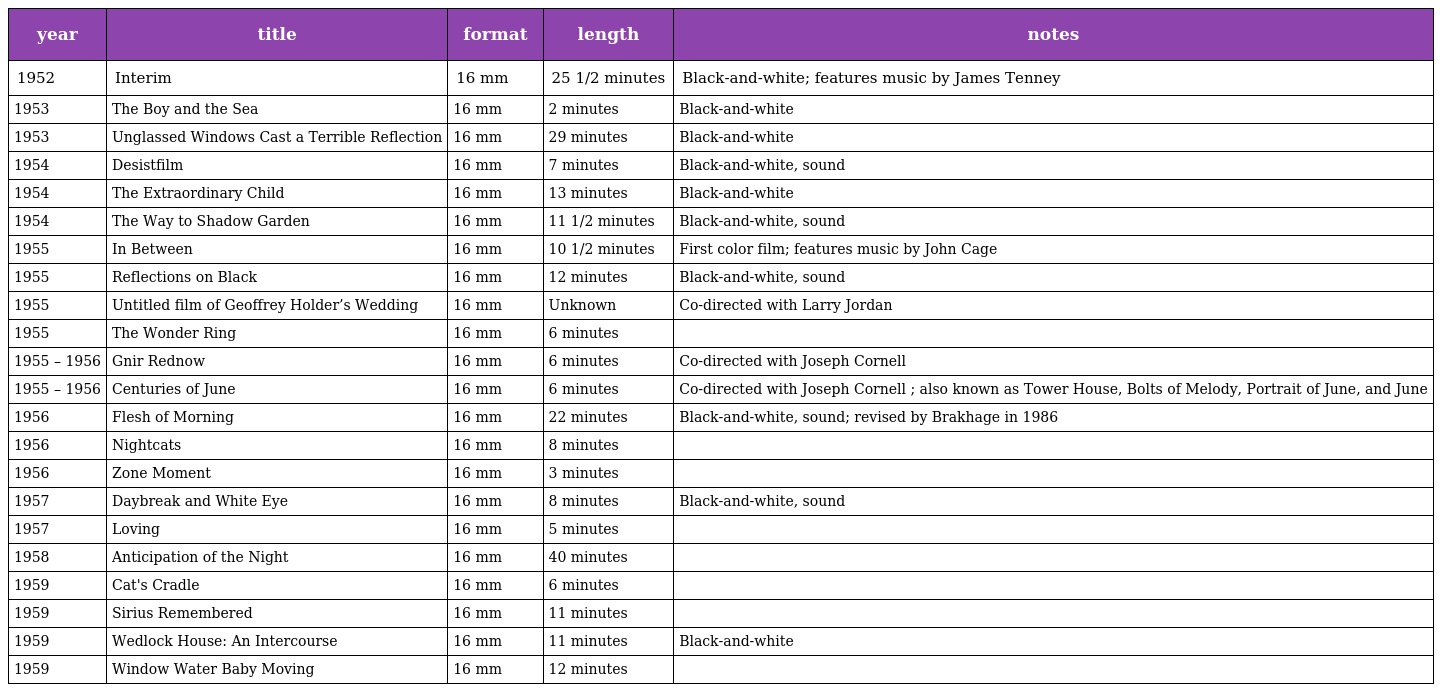
| year | title | format | length | notes |
 | --- | --- | --- | --- | --- |
 | 1952 | Interim | 16 mm | 25 1/2 minutes | Black-and-white; features music by James Tenney |
 | 1953 | The Boy and the Sea | 16 mm | 2 minutes | Black-and-white |
 | 1953 | Unglassed Windows Cast a Terrible Reflection | 16 mm | 29 minutes | Black-and-white |
 | 1954 | Desistfilm | 16 mm | 7 minutes | Black-and-white, sound |
 | 1954 | The Extraordinary Child | 16 mm | 13 minutes | Black-and-white |
 | 1954 | The Way to Shadow Garden | 16 mm | 11 1/2 minutes | Black-and-white, sound |
 | 1955 | In Between | 16 mm | 10 1/2 minutes | First color film; features music by John Cage |
 | 1955 | Reflections on Black | 16 mm | 12 minutes | Black-and-white, sound |
 | 1955 | Untitled film of Geoffrey Holder’s Wedding | 16 mm | Unknown | Co-directed with Larry Jordan |
 | 1955 | The Wonder Ring | 16 mm | 6 minutes |  |
 | 1955 – 1956 | Gnir Rednow | 16 mm | 6 minutes | Co-directed with Joseph Cornell |
 | 1955 – 1956 | Centuries of June | 16 mm | 6 minutes | Co-directed with Joseph Cornell ; also known as Tower House, Bolts of Melody, Portrait of June, and June |
 | 1956 | Flesh of Morning | 16 mm | 22 minutes | Black-and-white, sound; revised by Brakhage in 1986 |
 | 1956 | Nightcats | 16 mm | 8 minutes |  |
 | 1956 | Zone Moment | 16 mm | 3 minutes |  |
 | 1957 | Daybreak and White Eye | 16 mm | 8 minutes | Black-and-white, sound |
 | 1957 | Loving | 16 mm | 5 minutes |  |
 | 1958 | Anticipation of the Night | 16 mm | 40 minutes |  |
 | 1959 | Cat's Cradle | 16 mm | 6 minutes |  |
 | 1959 | Sirius Remembered | 16 mm | 11 minutes |  |
 | 1959 | Wedlock House: An Intercourse | 16 mm | 11 minutes | Black-and-white |
 | 1959 | Window Water Baby Moving | 16 mm | 12 minutes |  |